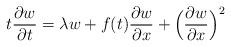
LaTeX: \begin{align*} t \frac{\partial w}{\partial t} = \lambda w + f(t) \frac{\partial w}{\partial x} + \Bigl( \frac{\partial w}{\partial x} \Bigr)^2\end{align*}